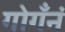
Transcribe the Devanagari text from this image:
गोगँनं